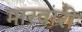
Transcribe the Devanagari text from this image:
मारवारी